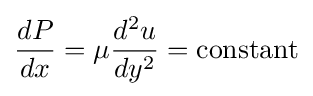
{\frac {dP}{dx}}=\mu {\frac {d^{2}u}{dy^{2}}}={\text{constant}}